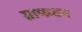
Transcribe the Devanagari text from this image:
ग्राफटन